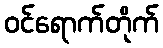
ဝင်ရောက်တိုက်